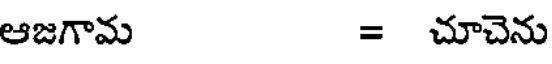
ఆజగామ = చూచెను